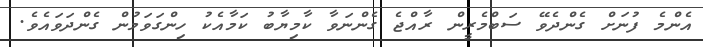
އެންމެ ފުނަށް ގެންދެވޭ ސަބްމެރީން ރާއްޖެެ ގެންނަވާ ކާމިޔާބު ކަމާއެކު ހިންގަވަމުން ގެންދަވައެވެ.